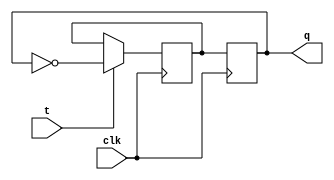
module t_latch (
    input wire clk,
    input wire t,
    output reg q
);

reg d;

always @(posedge clk) begin
    if (t == 1'b1) begin
        d <= ~q;
    end
end

always @(posedge clk) begin
    q <= d;
end

endmodule